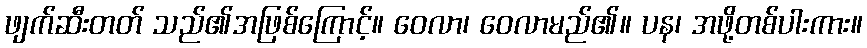
ဖျက်ဆီးတတ် သည်၏အဖြစ်ကြောင့်။ ဝေလာ၊ ဝေလာမည်၏။ ပန၊ အဖို့တစ်ပါးကား။